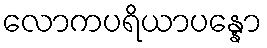
လောကပရိယာပန္နော